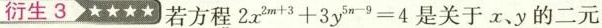
衍生3★★★★ 若方程 $$2 x ^ { 2 m + 3 } + 3 y ^ { 5 n - 9 } = 4$$是关于x、y的二元